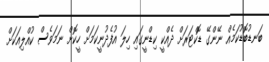
ބަނޑުބޮޑުކަމެއް ނޭންގޭ ޑޮކްޓަރަށް ދެއްކީ ކިޑްނީގައި ހިލަ އުފެދުނީކަމަށް ހީކޮށް ނަމަވެސް ކުއްލިއަކަށް